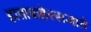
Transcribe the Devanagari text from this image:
हाताबाहेरसजाते